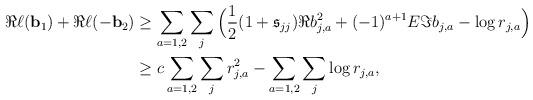
LaTeX: \begin{align*}\Re \ell(\mathbf{b}_1)+\Re \ell(-\mathbf{b}_2)&\geq \sum_{a=1,2}\sum_{j}\Big(\frac12(1+\mathfrak{s}_{jj}) \Re b_{j,a}^2+(-1)^{a+1}E\Im b_{j,a}- \log r_{j,a}\Big)\\&\geq c\sum_{a=1,2}\sum_{j} r_{j,a}^2-\sum_{a=1,2}\sum_{j} \log r_{j,a},\end{align*}